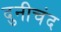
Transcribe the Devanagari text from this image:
दुनीचंद